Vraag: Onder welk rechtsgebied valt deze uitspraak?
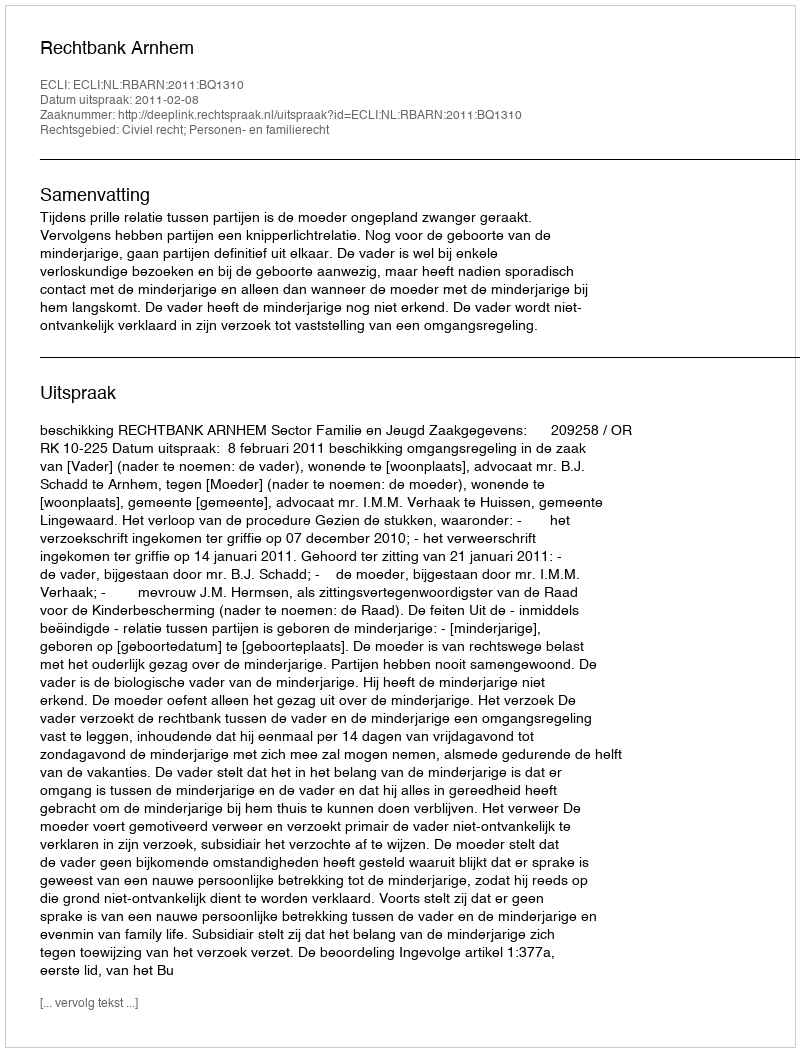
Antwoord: Civiel recht; Personen- en familierecht